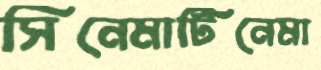
সিনেমাটিনেমা